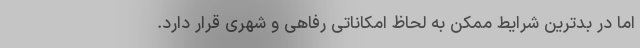
اما در بدترین شرایط ممکن به لحاظ امکاناتی رفاهی و شهری قرار دارد.